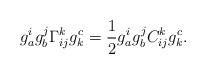
LaTeX: \begin{align*}g_a^ig_b^j\Gamma^k_{ij}g^c_k=\frac{1}{2}g_a^ig_b^jC^k_{ij}g^c_k.\end{align*}